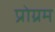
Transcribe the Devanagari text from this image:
प्रोग्रम